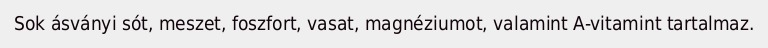
Sok ásványi sót, meszet, foszfort, vasat, magnéziumot, valamint A-vitamint tartalmaz.